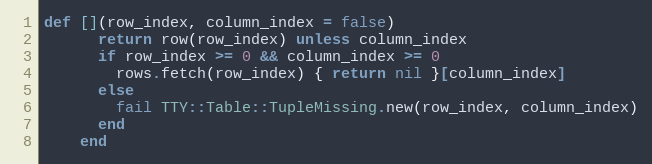
Language: Ruby
def [](row_index, column_index = false)
      return row(row_index) unless column_index
      if row_index >= 0 && column_index >= 0
        rows.fetch(row_index) { return nil }[column_index]
      else
        fail TTY::Table::TupleMissing.new(row_index, column_index)
      end
    end